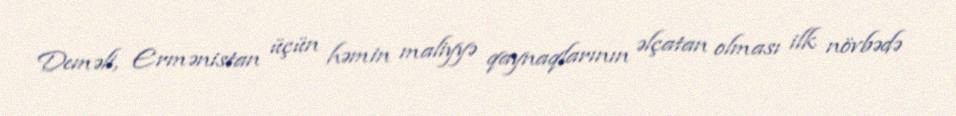
Deməli, Ermənistan üçün həmin maliyyə qaynaqlarının əlçatan olması ilk növbədə